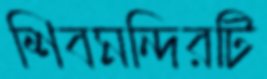
শিবমন্দিরটি